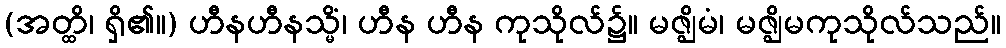
(အတ္ထိ၊ ရှိ၏။) ဟီနဟီနသ္မိံ၊ ဟီန ဟီန ကုသိုလ်၌။ မဇ္ဈိမံ၊ မဇ္ဈိမကုသိုလ်သည်။